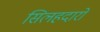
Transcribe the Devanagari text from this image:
सिलहदारों